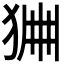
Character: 𤞹